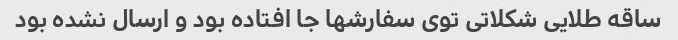
ساقه طلایی شکلاتی توی سفارشها جا افتاده بود و ارسال نشده بود